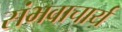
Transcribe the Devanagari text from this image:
संभवाचार्य